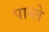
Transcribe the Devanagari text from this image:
पाब्ले